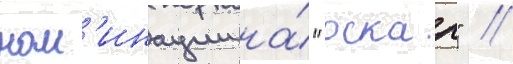
ном'инации на́ "оскар" //